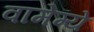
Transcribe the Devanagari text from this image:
वामेग्ये